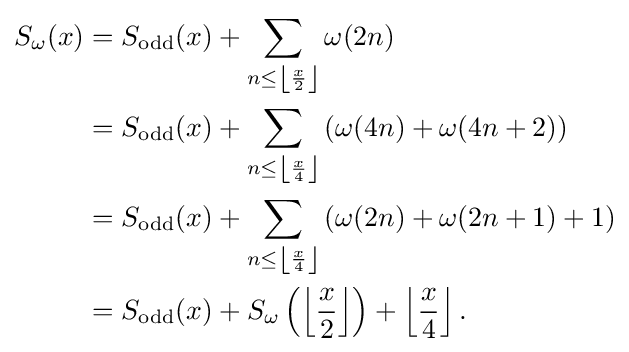
{\begin{aligned}S_{\omega }(x)&=S_{\operatorname {odd} }(x)+\sum _{n\leq \left\lfloor {\frac {x}{2}}\right\rfloor }\omega (2n)\\&=S_{\operatorname {odd} }(x)+\sum _{n\leq \left\lfloor {\frac {x}{4}}\right\rfloor }\left(\omega (4n)+\omega (4n+2)\right)\\&=S_{\operatorname {odd} }(x)+\sum _{n\leq \left\lfloor {\frac {x}{4}}\right\rfloor }\left(\omega (2n)+\omega (2n+1)+1\right)\\&=S_{\operatorname {odd} }(x)+S_{\omega }\left(\left\lfloor {\frac {x}{2}}\right\rfloor \right)+\left\lfloor {\frac {x}{4}}\right\rfloor .\end{aligned}}